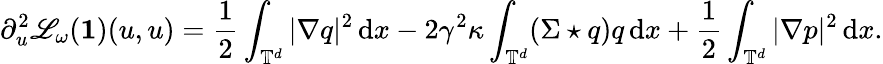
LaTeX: \partial_{u}^{2}\mathscr L_{\omega}(\mathbf 1)(u,u)=\frac 12\int_{\mathbb{T}^{d}}|\nabla q|^{2}\, {\mathrm{d}}x-2\gamma^{2}\kappa\int_{\mathbb{T}^{d}}(\Sigma\star q)q\, {\mathrm{d}}x+\frac 12\int_{\mathbb{T}^{d}}|\nabla p|^{2}\, {\mathrm{d}}x.